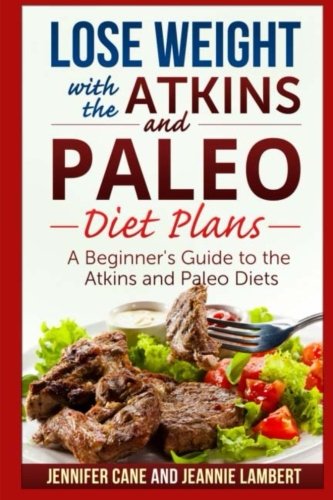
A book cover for Lose Weight with the Atkins and Paleo Diet Plans: A Beginner's Guide to the Atkins and Paleo Diets; Jennifer Cane; Health, Fitness & Dieting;